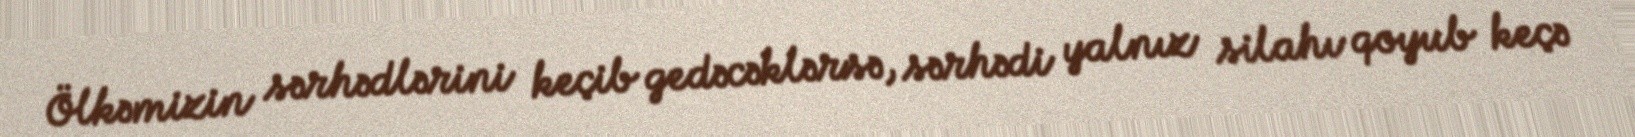
Ölkəmizin sərhədlərini keçib gedəcəklərsə, sərhədi yalnız silahı qoyub keçə